画像に写った文字を読んでください
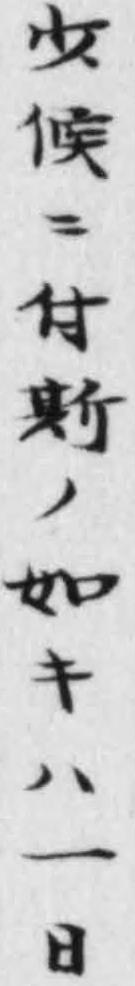
「少候ニ付斯ノ如キハ一日」と書いてあります